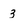
Character: 3